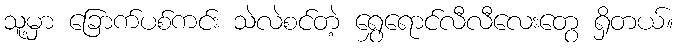
သူ့မှာ ခြောက်ပစ်ကင်း သဲလဲစင်တဲ့ ရွှေရောင်လီလီလေးတွေ ရှိတယ်။